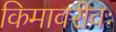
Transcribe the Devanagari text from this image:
किमावरीवः